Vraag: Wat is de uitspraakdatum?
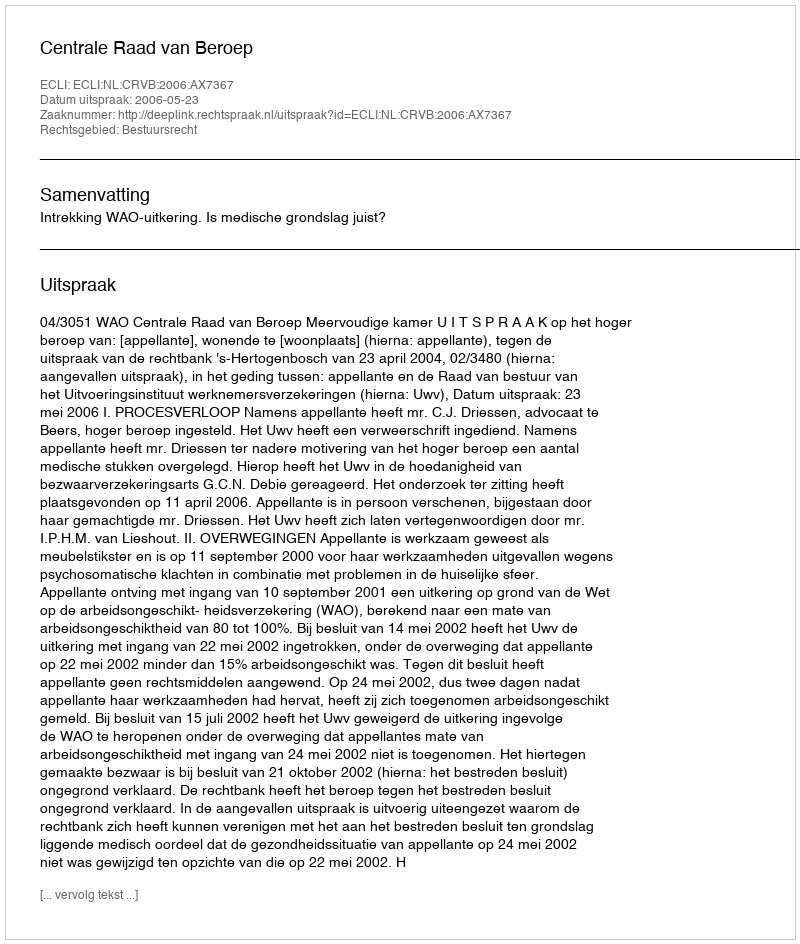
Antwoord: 2006-05-23